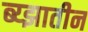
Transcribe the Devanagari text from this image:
ब्य्झातीन